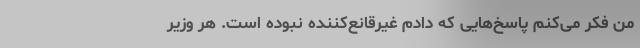
من فکر می‌کنم پاسخ‌هایی که دادم غیرقانع‌کننده نبوده است. هر وزیر